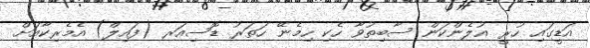
އަޑީގައި ހުރީ ޣުލެންކަން ސާބިތުވާ ހެކި ހިމެނޭ ހަތަރު ޑޮސިއަރ (ފައިލް) އެމެރިކާއަށް